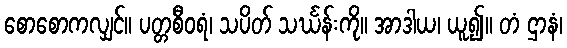
စောစောကလျှင်။ ပတ္တစီဝရံ၊ သပိတ် သင်္ဃန်းကို။ အာဒါယ၊ ယူ၍။ တံ ဌာနံ၊